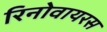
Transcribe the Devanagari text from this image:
रिनोवायरस